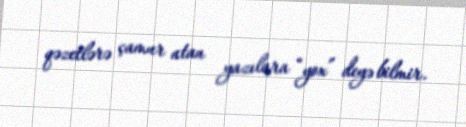
qəzetlərə çamur atan yazılara “yox” deyə bilmir.